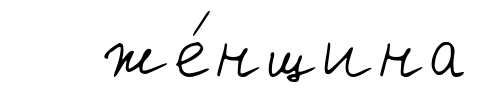
же́нщина